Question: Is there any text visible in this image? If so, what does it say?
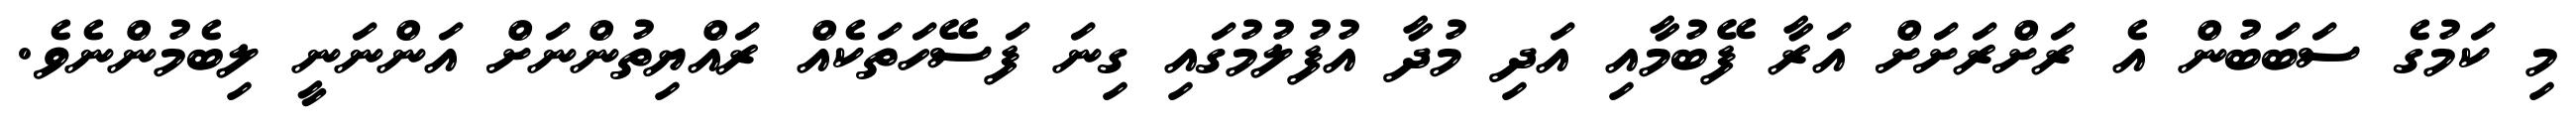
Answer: މި ކަމުގެ ސަބަބުން އެ ރަށްރަށަށް އަރާ ފޭބުމާއި އަދި މުދާ އުފުލުމުގައި ގިނަ ފަސޭހަތަކެއް ރައްޔިތުންނަށް އަންނަނީ ލިބެމުންނެވެ.